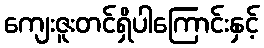
ကျေးဇူးတင်ရှိပါကြောင်းနှင့်